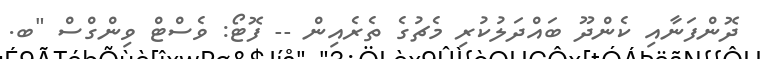
ދޮންފަނާއި ކެންދޫ ބައްދަލުކުރި މެޗުގެ ތެރެއިިން -- ފޮޓޯ: ވެސްޓް ވިންގްސް "ބ.